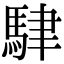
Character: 䮇